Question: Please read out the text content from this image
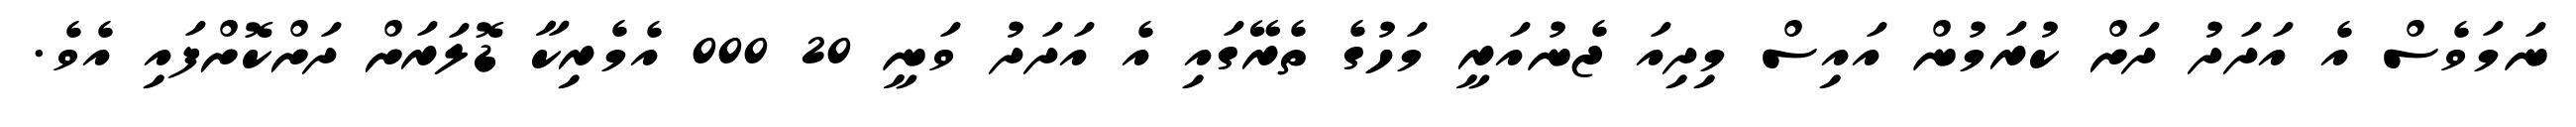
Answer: ނަމަވެސް އެ އަދަދު ދަށް ކުރަމުން އައިސް މިދިއަ ޖެނުއަރީ މަހުގެ ތެރޭގައި އެ އަދަދު ވަނީ 20 000 އެމެރިކާ ޑޮލަރަށް ދަށްކޮށްފައި އެވެ.